Civil Veterinary Department Bihar & Orissa reports 1929-36 - 1929-1936
Year: 1929
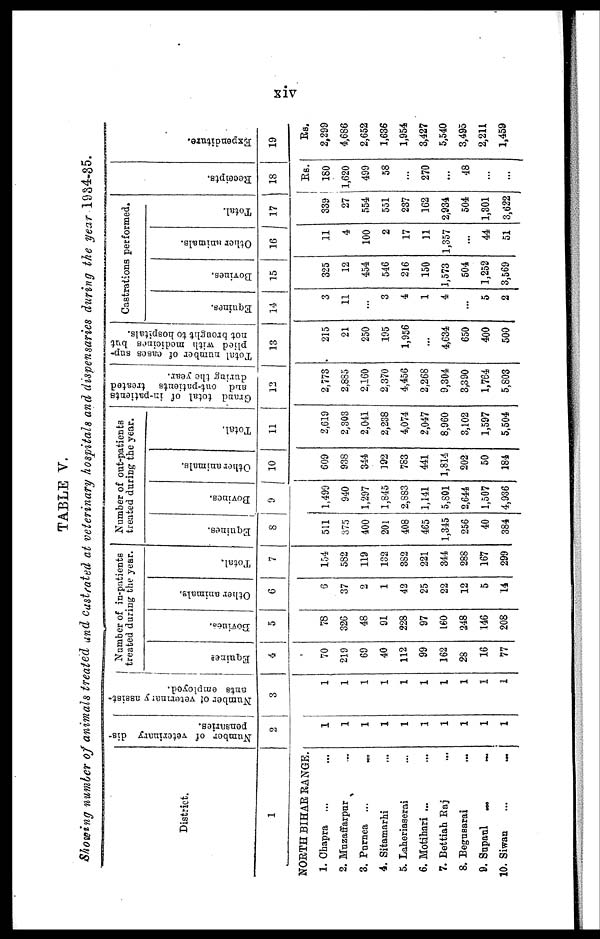
xiv
TABLE V.
Showing number of animals treated and castrated at veterinary hospitals and dispensaries during the year 1934-35.
District,
1
NORTH BIHAR RANGE.
1. Chapra ... ...
2. Muzaffarpur ...
3. Purnea ...
...
4. Sitamarhi ...
5. Laheriaserai ...
6. Motihari ... ...
7. Bettiah Raj ...
8. Begusarai ...
9. Supaul
...
...
10. Siwan
...
...
Number of veterinary dis-
pensaries.
2
1
1
1
1
1
1
1
1
1
1
Number of veterinary assist-
ants employed.
3
1
1
1
1
1
1
1
1
1
1
Number of in-patients
treated during the year.
Equines
4
70
219
69
40
112
99
162
28
16
77
Bovines.
5
78
826
48
91
228
97
160
248
146
208
Other animals,
6
6
37
2
1
42
25
22
12
5
14
Total,
7
154
582
119
132
382
221
344
288
167
299
Number of out-patients
treated during the year.
Equines.
8
511
375
400
201
408
465
1,345
256
40
384
Bovines.
9
1,499
940
1,297
1,845
2,883
1,141
5,801
2,644
1,507
4,936
Other animals.
10
609
938
344
192
783
441
1,814
202
50
184
Total.
11
2,619
2,303
2,041
2,238
4,074
2,047
8,960
3,102
1,597
5,504
Grand total of in-patients
and out-patients treated
during the year.
12
2,773
2,885
2,160
2,370
4,456
2,268
9,304
3,390
1,764
5,803
Total number of cases sup-
plied with medicines but
not brought to hospitals.
13
215
21
250
195
1,956
...
4,634
650
400
500
Castrations performed.
Equines.
14
3
11
...
3
4
1
4
...
5
2
Bovines.
15
325
12
454
546
216
150
1,573
504
1,252
3,569
Other animals.
16
11
4
100
2
17
11
1,357
...
44
51
Total.
17
339
27
554
551
237
162
2,934
504
1,801
3,622
Receipts.
18
Rs.
180
1,620
499
58
...
270
...
48
...
...
Expenditure.
19
Rs.
2,299
4,686
2,652
1,636
1,954
3,427
5,540
3,495
2,211
1,459